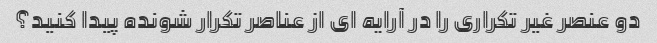
دو عنصر غیر تکراری را در آرایه ای از عناصر تکرار شونده پیدا کنید؟